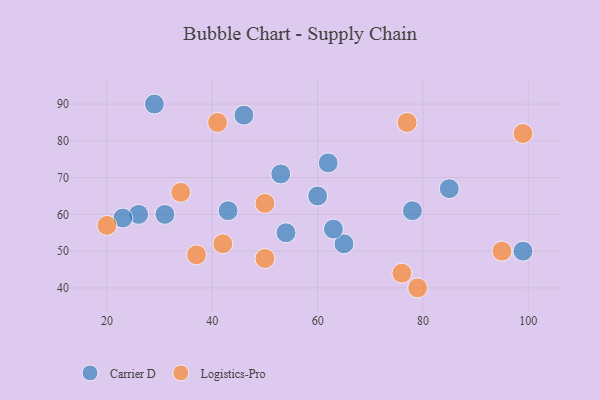
{"axis": {"x": "GDP", "y": "Life Expectancy"}, "legend": ["Carrier D", "Logistics-Pro"], "data": [{"x": "26", "y": 60, "type": "Carrier D"}, {"x": "54", "y": 55, "type": "Carrier D"}, {"x": "23", "y": 59, "type": "Carrier D"}, {"x": "65", "y": 52, "type": "Carrier D"}, {"x": "46", "y": 87, "type": "Carrier D"}, {"x": "78", "y": 61, "type": "Carrier D"}, {"x": "29", "y": 90, "type": "Carrier D"}, {"x": "31", "y": 60, "type": "Carrier D"}, {"x": "85", "y": 67, "type": "Carrier D"}, {"x": "60", "y": 65, "type": "Carrier D"}, {"x": "62", "y": 74, "type": "Carrier D"}, {"x": "53", "y": 71, "type": "Carrier D"}, {"x": "63", "y": 56, "type": "Carrier D"}, {"x": "43", "y": 61, "type": "Carrier D"}, {"x": "99", "y": 50, "type": "Carrier D"}, {"x": "50", "y": 48, "type": "Logistics-Pro"}, {"x": "34", "y": 66, "type": "Logistics-Pro"}, {"x": "79", "y": 40, "type": "Logistics-Pro"}, {"x": "95", "y": 50, "type": "Logistics-Pro"}, {"x": "41", "y": 85, "type": "Logistics-Pro"}, {"x": "77", "y": 85, "type": "Logistics-Pro"}, {"x": "37", "y": 49, "type": "Logistics-Pro"}, {"x": "76", "y": 44, "type": "Logistics-Pro"}, {"x": "42", "y": 52, "type": "Logistics-Pro"}, {"x": "20", "y": 57, "type": "Logistics-Pro"}, {"x": "99", "y": 82, "type": "Logistics-Pro"}, {"x": "50", "y": 63, "type": "Logistics-Pro"}]}